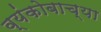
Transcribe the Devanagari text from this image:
व्यंकोबाच्या